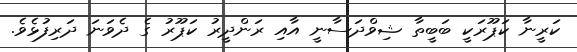
ކަރީނާ ކަޕޫރަކީ ބަބީތާ ޝިވްދަސާނީ އާއި ރަންދީރު ކަޕޫރު ގެ ދެވަނަ ދަރިފުޅެވެ.